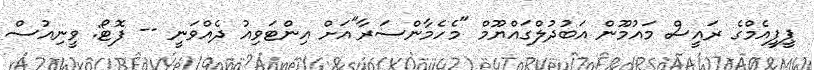
ޕީޕީއެމްގެ ރައީސް މައުމޫން އަބުދުލްގައްޔޫމް "މެހެމާންސަރާ"އަށް އިންޓަވިއު ދެއްވަނީ -- ފޮޓޯ: ވީނިއުސް